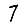
Digit: 7